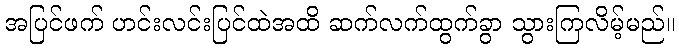
အပြင်ဖက် ဟင်းလင်းပြင်ထဲအထိ ဆက်လက်ထွက်ခွာ သွားကြလိမ့်မည်။